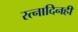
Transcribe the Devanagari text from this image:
रत्नादिनहीं